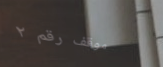
موقف رقم ٢